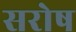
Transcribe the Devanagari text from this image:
सरोष